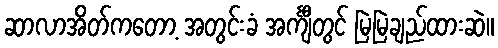
ဆာလာအိတ်ကတော့ အတွင်းခံ အင်္ကျီတွင် မြဲမြဲချည်ထားဆဲ။